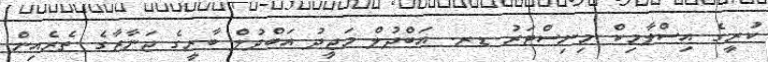
ކުރީގެ އިސްލާމިކް މިނިސްޓަރު ޑރ. އަބްދުލް މަޖީދު އަބްދުލް ބާރީގެ ޖަނާޒާގެ ތެރެއިން